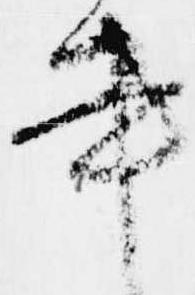
事